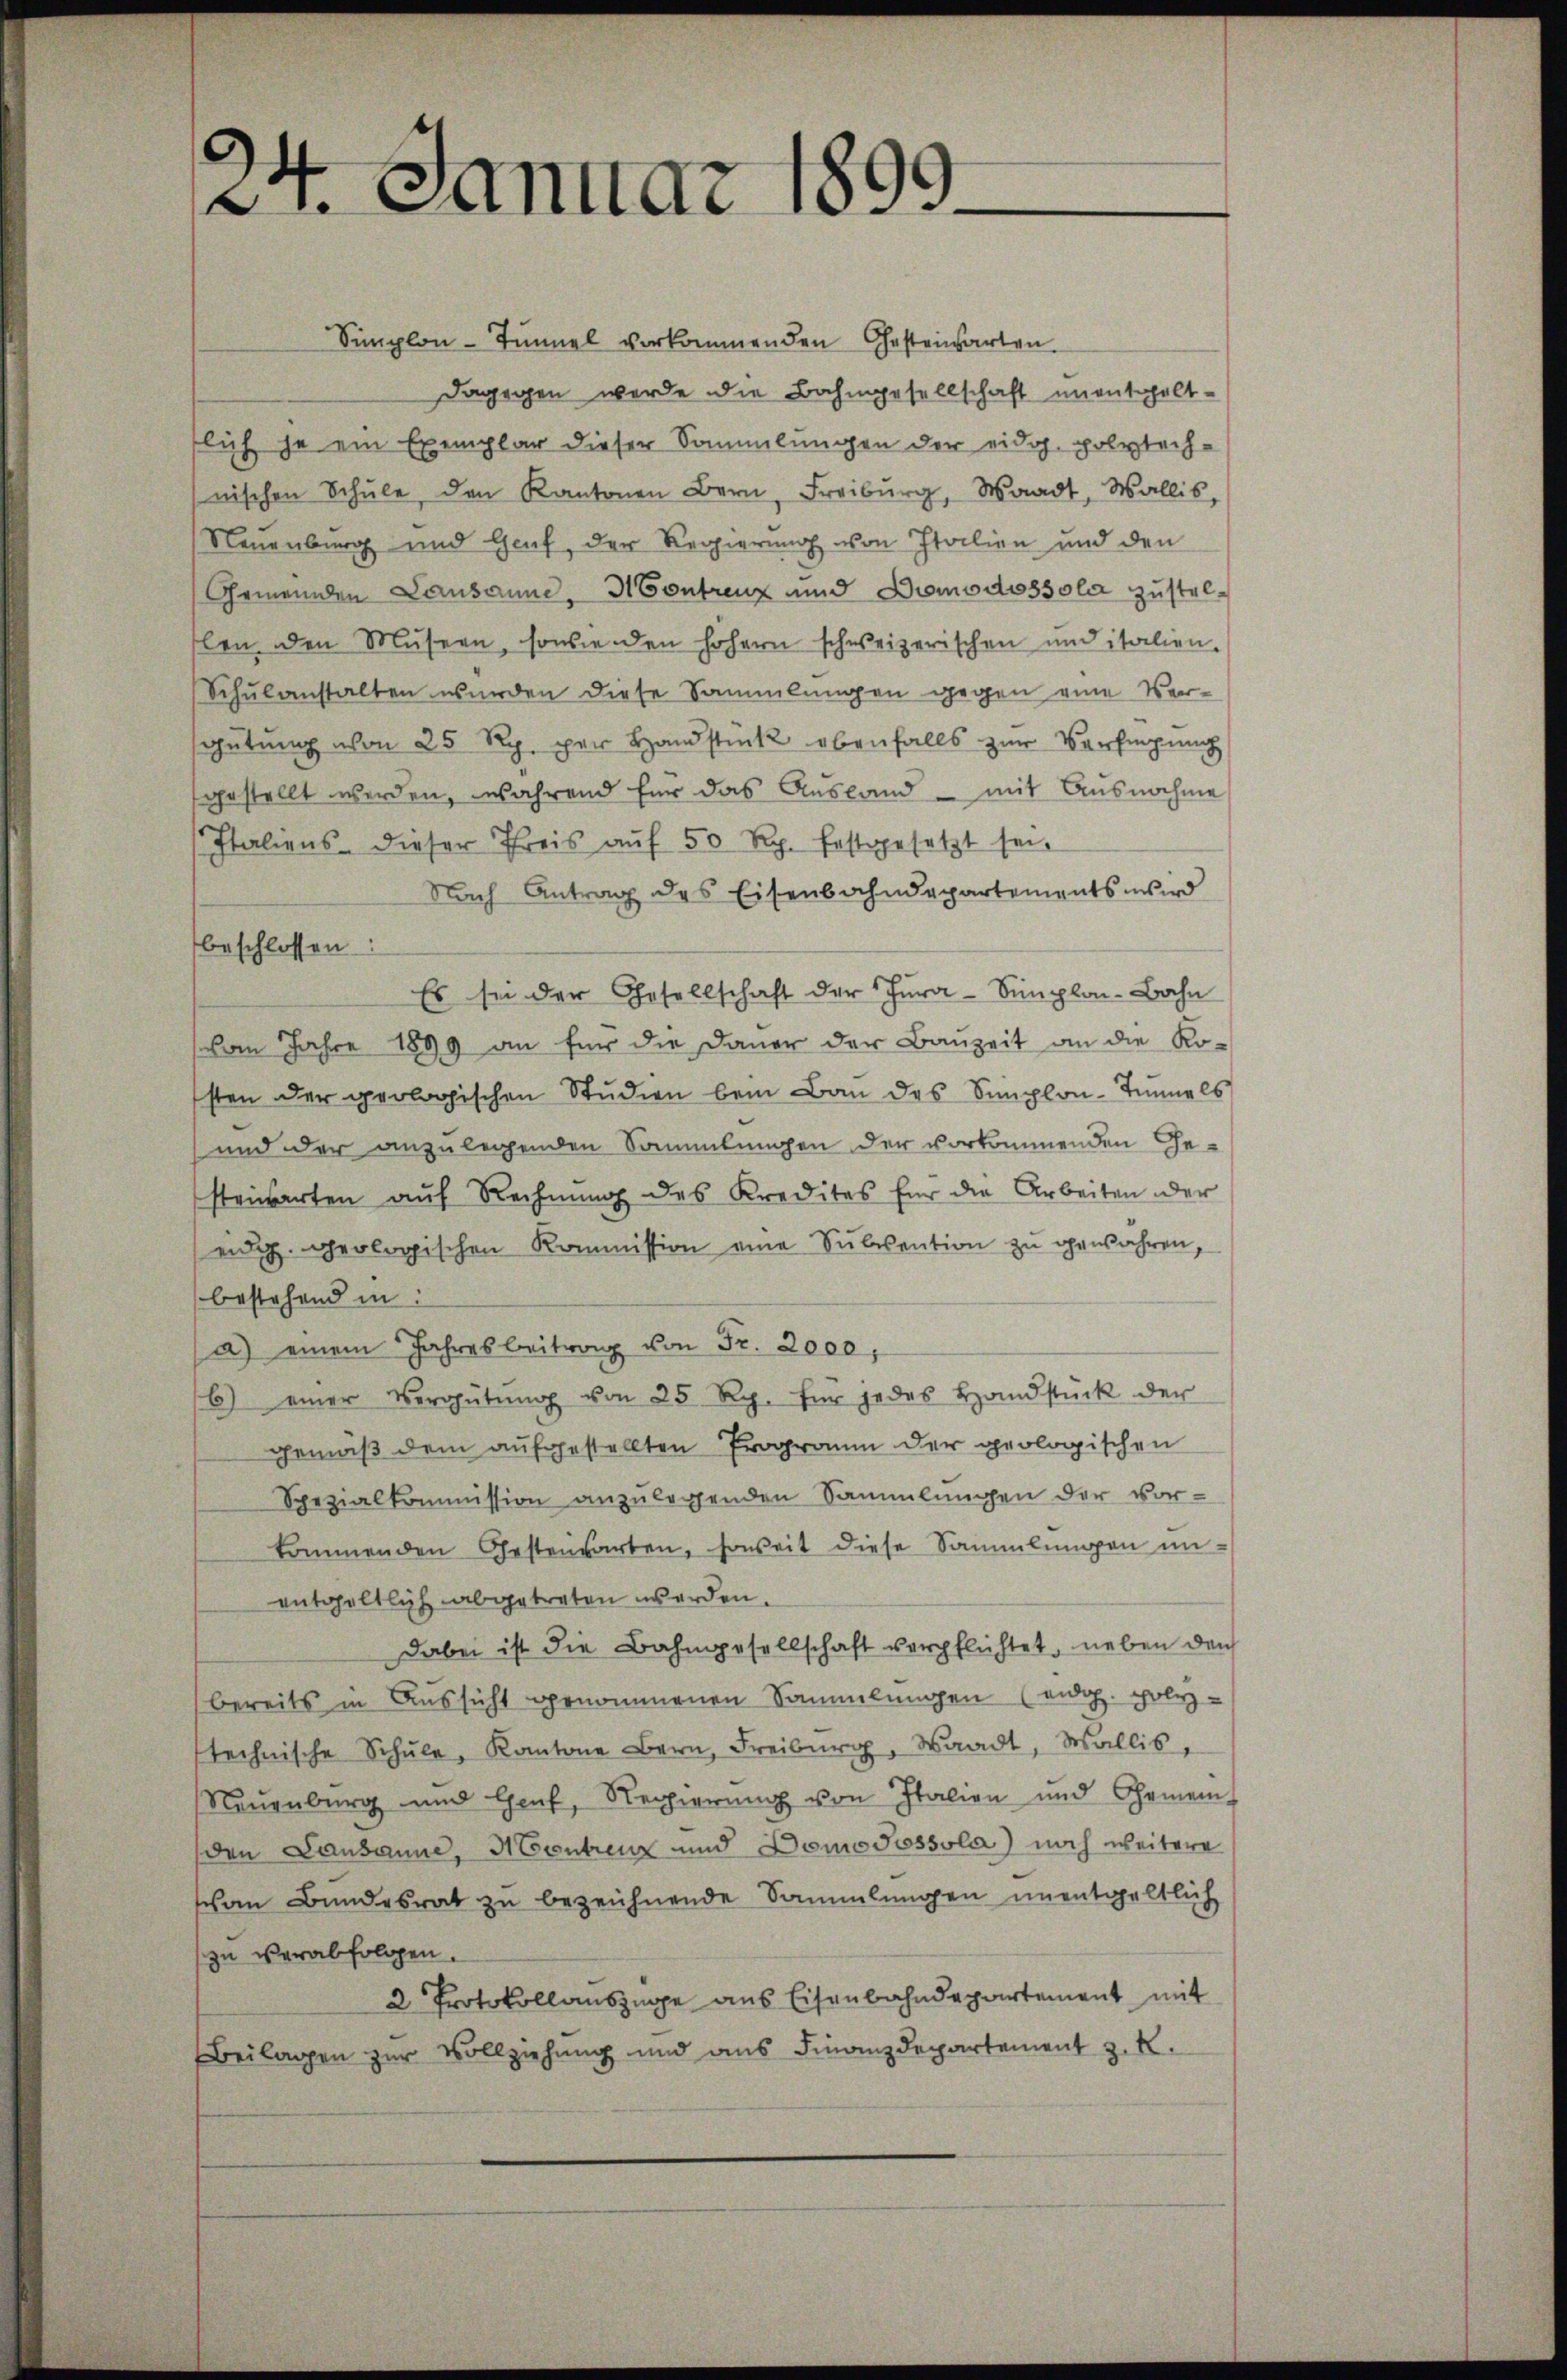
21. Januar 1899

Simplon-Tunnel vorkommenden Gestenwarten
Dagegen werde die Bahngesellschaft unenthaltslich ja ein Exemplar dieser Sammlungen der eidg. polytechnischen Schŭle, den Kantonen Bern, Freiburg, Waadt, Wallis,
Neuenburg und Genf, der Regierung von Italien und den
Gemeinden Lausanne, Montreuz und Domodossola zustelhlen den Musern, sowie den höhern schweizerischen und italien.
Schulanstalten wurden diese Sammlungen gegen eine Ver-
gütŭng von 25 Rp. per Handstück ebenfalls zur Verfügung
gestellt werden, während für das Ausland – mit Ausnahme
Italiens dieser Preis aŭf 50 Rp. festgesetzt sei.
Nach Antrag des Eisenbahndepartements wird
beschlossen:
Es sei der Gesellschaft der Thŭra-Simplon-Bahn
vom Jahre 1899 an für die Dauer der Bauzeit an die Kosten der geologischen Studien beim Bau des Simplon-Tunnels
und der anzulegenden Sammlungen der vorkommenden Gesteinbarten auf Rechnung des Kredites für die Arbeiten der
eng geologischen Kommission eine Subvention zu gewahren,
bestehend in
a) einem Jahresbeitrag von Fr. 2000,
6) einer Vergütŭng von 25 Rp. für jedes Handstück der
gemäß dem aufgestellten Programm der geologischen
Spezialkommission anzulegenden Sammlungen der vor-
kommenden Gestenwarten, soweit diese Sammlungen unentgeltlich abgetreten werden.
dabei ist die Bahngesellschaft verpflichtet, neben den
bereits in Aussicht genommenen Sammlungen (eid. polystechnische Schule, Kantone Bern, Freiburg, Waadt, Wallis,
Neuenburg und Genf, Regierung von Italien und Gemein-
den Lausanne, Montreuz und Domo possola) noch weitere
schen Bundesrat zu bezeichnende Sammlungen unentgeltlich
zu verabfolgen.
2 Protokollauszüge aus Eisenbahndepartement mit
Beilagen zur Vollziehung und aus Finanzdepartement z. K.